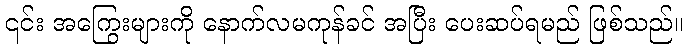
၎င်း အကြွေးများကို နောက်လမကုန်ခင် အပြီး ပေးဆပ်ရမည် ဖြစ်သည်။